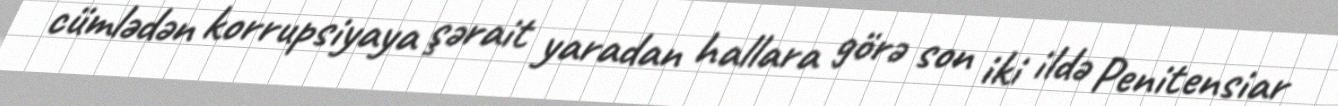
cümlədən korrupsiyaya şərait yaradan hallara görə son iki ildə Penitensiar